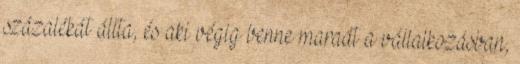
százalékát állta, és aki végig benne maradt a vállalkozásban,